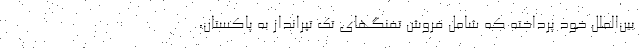
بین‌الملل خود پرداخته که شامل فروش تفنگهای تک تیرانداز به پاکستان،